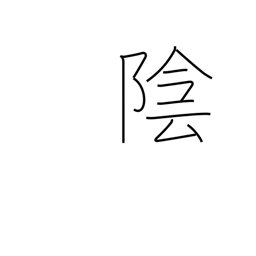
Meaning: negative